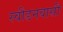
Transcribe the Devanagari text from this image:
स्वीडनवासी